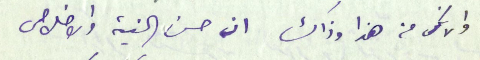
والانكى من هذا وذاك ان حسن النية والاخلاص